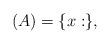
LaTeX: \begin{align*}(A)=\{x: \},\end{align*}